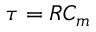
\tau = R C _ { m }